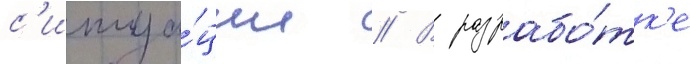
с'итуа́ции // В разрабо́тк'е